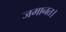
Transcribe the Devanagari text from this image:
जमानत।